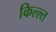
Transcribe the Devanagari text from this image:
किल्ल्त